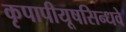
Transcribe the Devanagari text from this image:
कृपापीयूषसिन्धवे